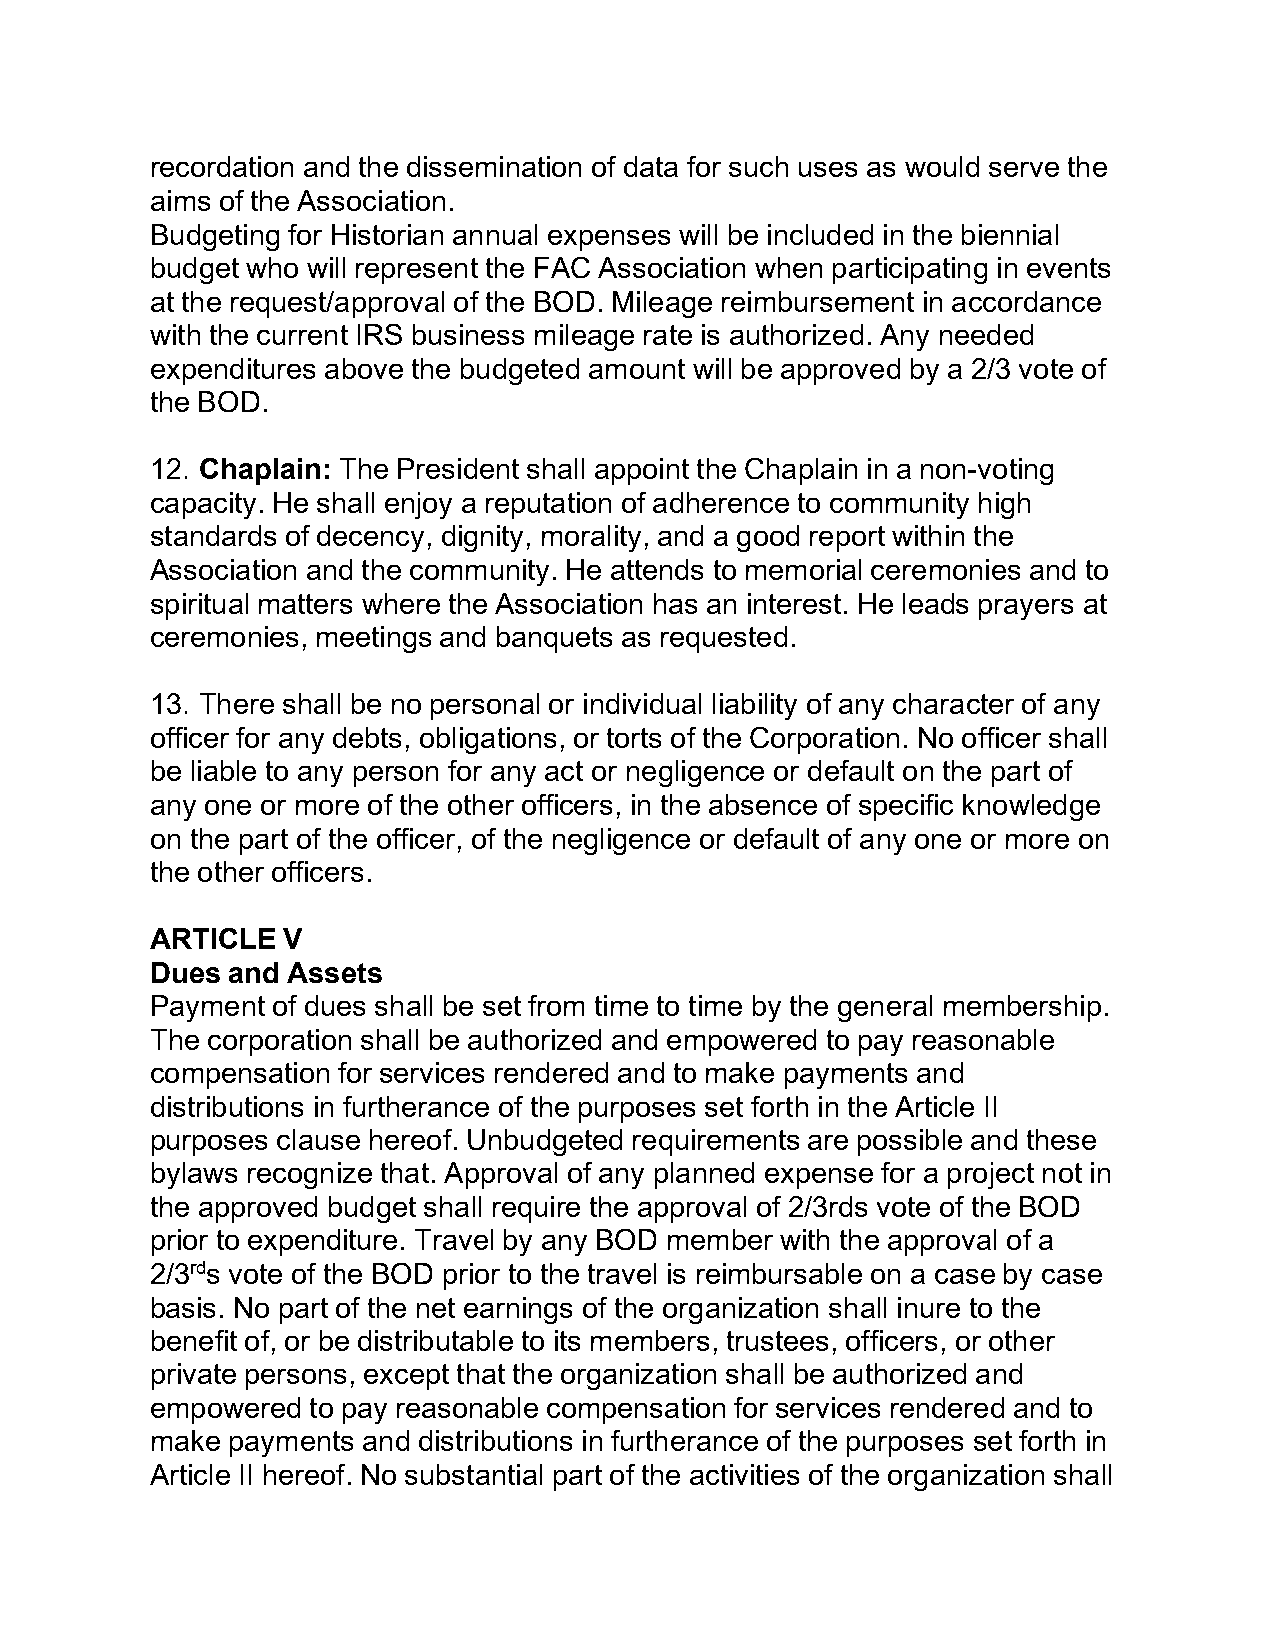
recordation and the dissemination of data for such uses as would serve the
 aims of the Association.
 Budgeting for Historian annual expenses will be included in the biennial
 budget who will represent the FAC Association when participating in events
 at the request/approval of the BOD. Mileage reimbursement in accordance
 with the current IRS business mileage rate is authorized. Any needed
 expenditures above the budgeted amount will be approved by a 2/3 vote of
 the BOD.
 12. Chaplain: The President shall appoint the Chaplain in a non-voting
 capacity. He shall enjoy a reputation of adherence to community high
 standards of decency, dignity, morality, and a good report within the
 Association and the community. He attends to memorial ceremonies and to
 spiritual matters where the Association has an interest. He leads prayers at
 ceremonies, meetings and banquets as requested.
 13. There shall be no personal or individual liability of any character of any
 officer for any debts, obligations, or torts of the Corporation. No officer shall
 be liable to any person for any act or negligence or default on the part of
 any one or more of the other officers, in the absence of specific knowledge
 on the part of the officer, of the negligence or default of any one or more on
 the other officers.
 ARTICLE  V
 Dues and Assets
 Payment of dues shall be set from time to time by the general membership.
 The corporation shall be authorized and empowered to pay reasonable
 compensation for services rendered and to make payments and
 distributions in furtherance of the purposes set forth in the Article II
 purposes clause hereof. Unbudgeted requirements are possible and these
 bylaws recognize that. Approval of any planned expense for a project not in
 the approved budget shall require the approval of 2/3rds vote of the BOD
 prior to expenditure. Travel by any BOD member with the approval of a
 2/3rds vote of the BOD prior to the travel is reimbursable on a case by case
 basis. No part of the net earnings of the organization shall inure to the
 benefit of, or be distributable to its members, trustees, officers, or other
 private persons, except that the organization shall be authorized and
 empowered to pay reasonable compensation for services rendered and to
 make payments and distributions in furtherance of the purposes set forth in
 Article II hereof. No substantial part of the activities of the organization shall